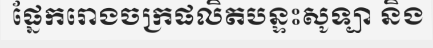
ផ្នែករោងចក្រផលិតបន្ទះសូទ្បា និង